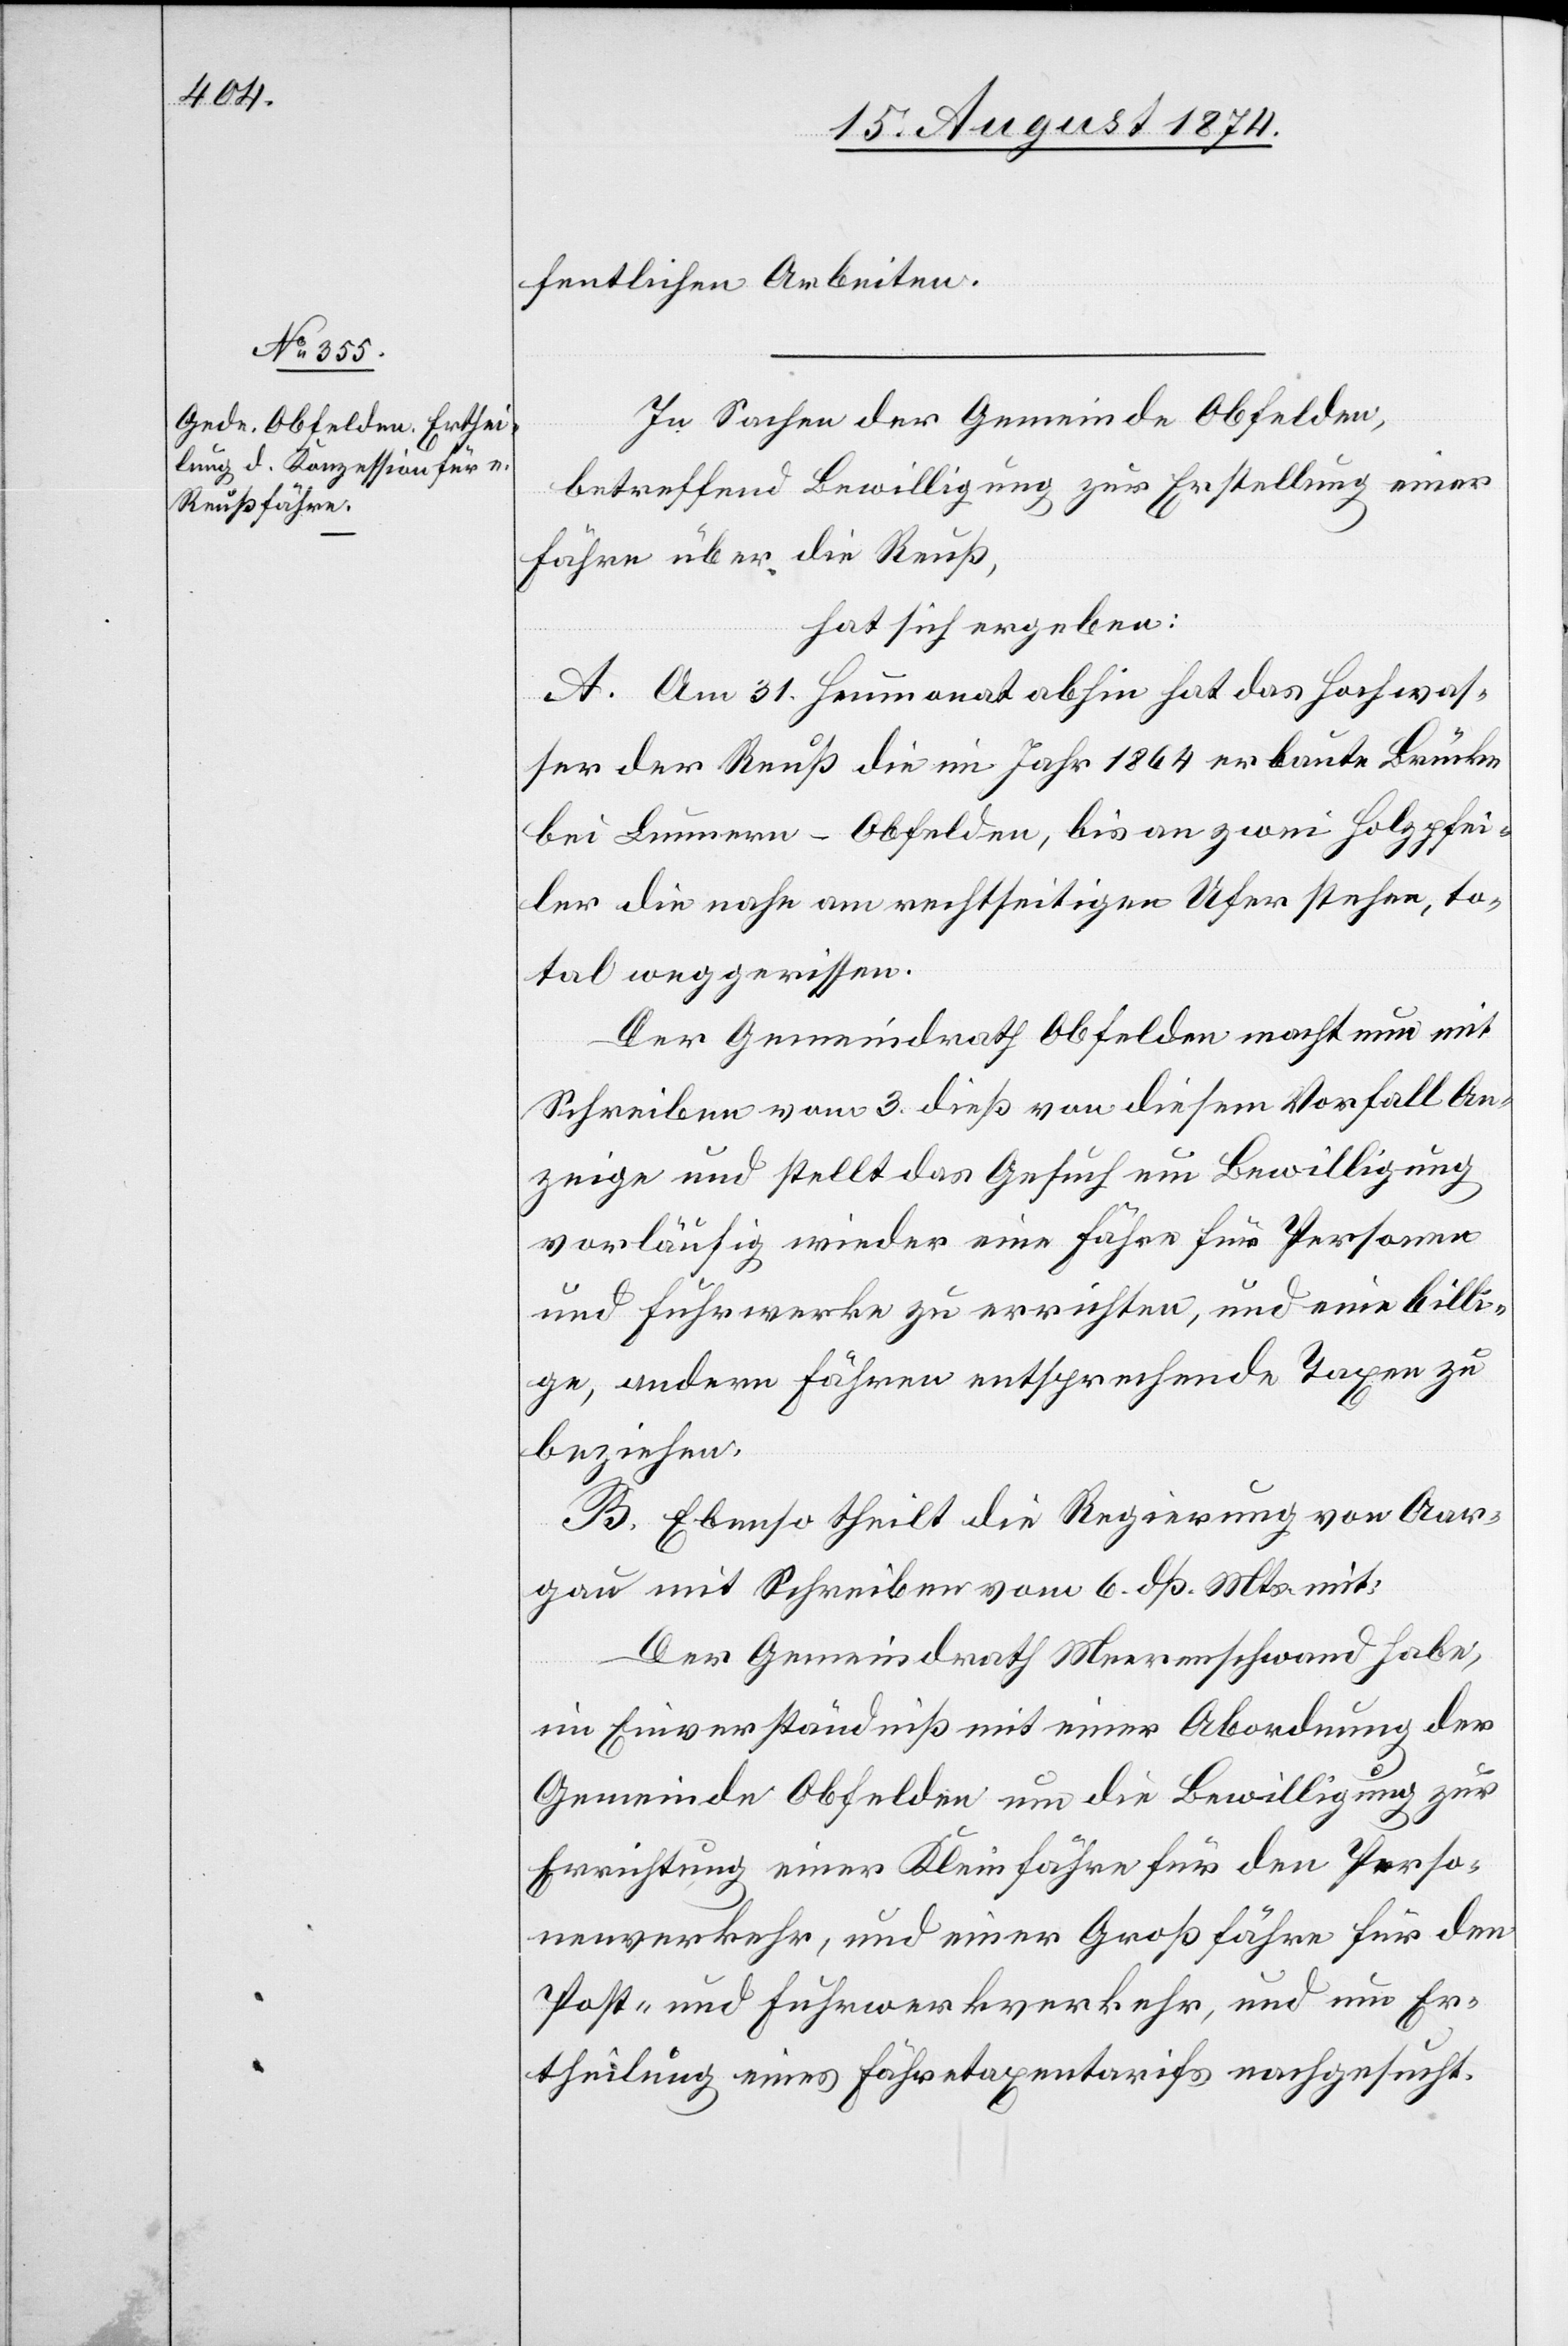
fentlichen Arbeiten.
In Sachen der Gemeinde Obfelden,
betreffend Bewilligung zur Erstellung einer
Fähre über die Reuß,
hat sich ergeben:
A. Am 31. Heumonat abhin hat das Hochwas¬
ser der Reuß die im Jahr 1864 erbaute Brücke
bei Lummern-Obfelden, bis an zwei Holzfpfei¬
ler die nahe am rechtseitigen Ufer stehen, to¬
tal weggerissen.
Der Gemeindrath Obfelden macht nun mit
Schreiben vom 3. dieß von diesem Vorfall An¬
zeige und stellt das Gesuch um Bewilligung
vorläufig wieder eine Fähre für Personen
und Fuhrwerke zu errichten, und eine billi¬
ge, andern Fähren entsprechende Taxen
beziehen.
B. Ebenso theilt die Regierung von Aar¬
gau mit Schreiben vom 6. dß. Mts. mit:
Der Gemeindrath Merenschwand habe,
im Einverständniß mit einer Abordnung der
Gemeinde Obfelden um die Bewilligung zur
Errichtung einer Kleinfähre für den Perso¬
nenverkehr, und einer Großfähre für den
Post- und Fuhrwerkverkehr, und um Er¬
theilung eines Fähretaxentarifs nachgesucht.